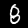
Label: 8